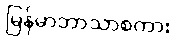
မြန်မာဘာသာစကား